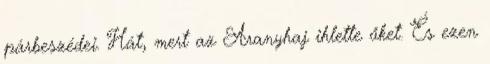
párbeszédei. Hát, mert az Aranyhaj ihlette őket. És ezen